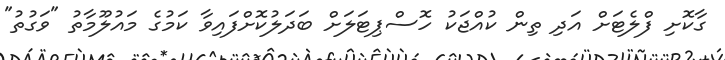
ގާކޮށި ފްލެޓަށް އަދި ތިން ކުއްޖަކު ހޮސްޕިޓަލަށް ބަދަލުކޮށްފައިވާ ކަމުގެ މައުލޫމާތު "ވަގުތު"